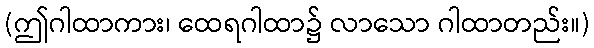
(ဤဂါထာကား၊ ထေရဂါထာ၌ လာသော ဂါထာတည်း။)